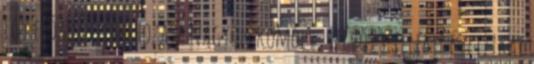
Egy előadás létrehozása nagyon komoly, szívós szellemi és fizikai